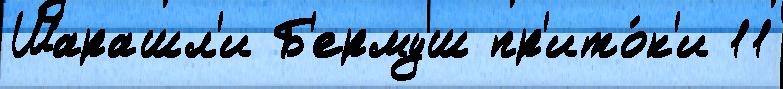
Шарашл'и Б'ермуш пр'ито́к'и 11